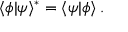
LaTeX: \langle \phi | \psi \rangle ^ { * } = \langle \psi | \phi \rangle \, .